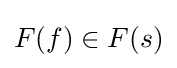
F(f)\in F(s)